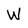
Character: W